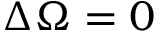
\Delta \Omega = 0